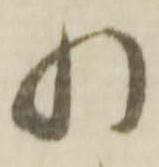
れ